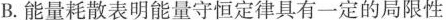
B.能量耗散表明能量守恒定律具有一定的局限性